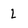
Character: L